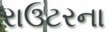
રાઉટરના